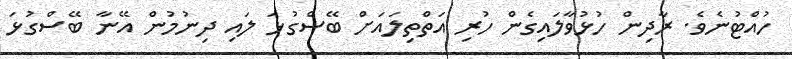
ހުއްޓުނެވެ. ރާދިން ހުޅުވާލައިގެން ހުރި އަތްތިލައަށް ބޭސްގުޅަ ލައި ދިނުމުން އޭނާ ބޭސްގުޅަ